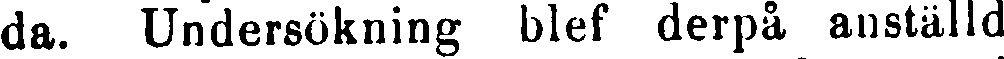
da. Undersökning blef derpå anställd